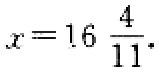
\(x = 16\frac{4}{11}\)